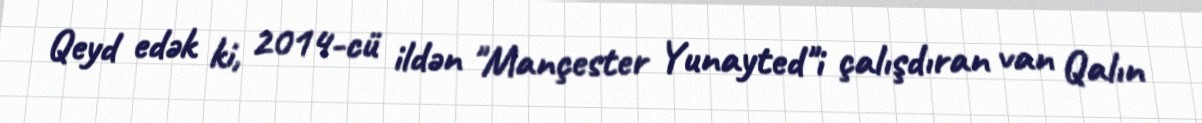
Qeyd edək ki, 2014-cü ildən "Mançester Yunayted"i çalışdıran van Qalın